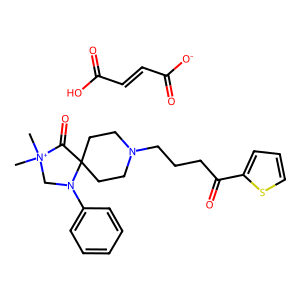
SMILES: C[N+]1(C)CN(c2ccccc2)C2(CCN(CCCC(=O)c3cccs3)CC2)C1=O.O=C([O-])C=CC(=O)O
Inhibits HIV replication: No